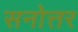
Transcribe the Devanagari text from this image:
सनोत्तर